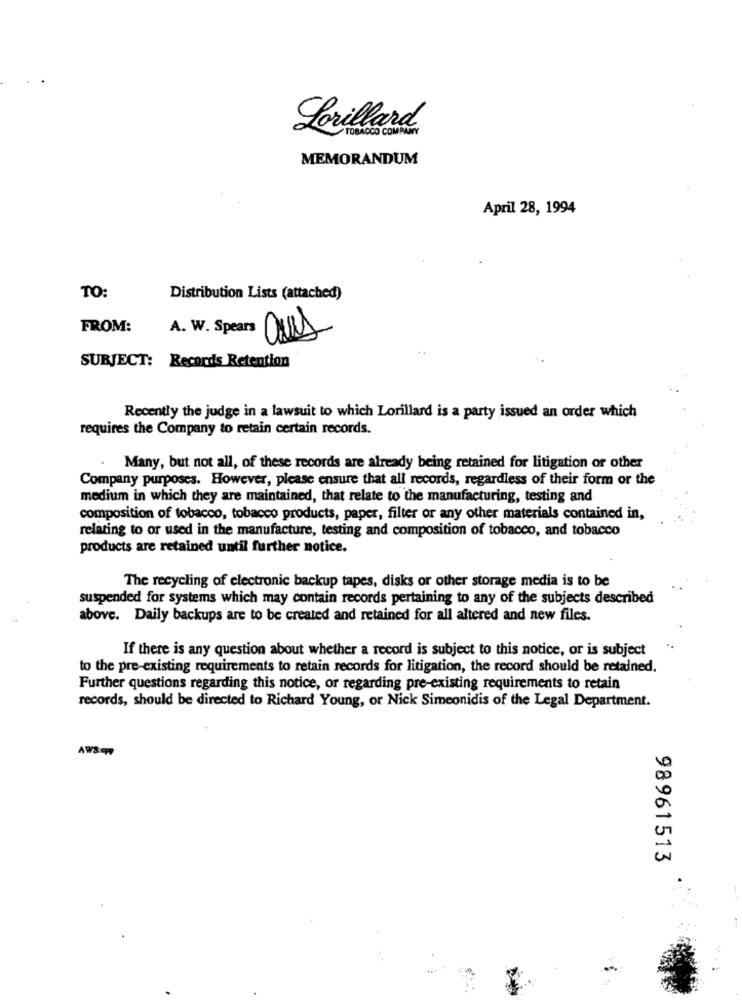
Lorillard
TOBACCO COMPANY
MEMORANDUM
April 28, 1994
TO:
Distribution Lists (attached)
FROM:
A. W. Spea
SUBJECT: Records Retention
Recently the judge in a lawsuit to which Lorillard is a party issued an order which
requires the Company to retain certain records.
Many, but not all, of these records are already being retained for litigation or other
Company purposes. However, please ensure that all records, regardless of their form or the
medium in which they are maintained, that relate to the manufacturing, testing and
composition of tobacco, tobacco products, paper, filter or any other materials contained in,
relating to or used in the manufacture, testing and composition of tobacco, and tobacco
products are retained until further notice.
The recycling of electronic backup tapes, disks or other storage media is to be
suspended for systems which may contain records pertaining to any of the subjects described
above. Daily backups are to be created and retained for all altered and new files.
If there is any question about whether a record is subject to this notice, or is subject
..
to the pre-existing requirements to retain records for litigation, the record should be retained.
Further questions regarding this notice, or regarding pre-existing requirements to retain
records, should be directed to Richard Young, or Nick Simeonidis of the Legal Department.
AWscpp
98961513